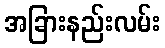
အခြားနည်းလမ်း